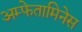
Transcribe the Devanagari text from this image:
अम्फेतामिनेस